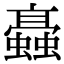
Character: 𧓚